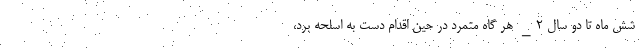
شش ماه تا دو سال ۲_ هر گاه مُتِمَرِد در حین اقدام دست به اسلحه برد،